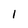
Character: 1